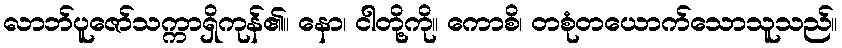
လာဘ်ပူဇော်သက္ကာရှိကုန်၏။ နော၊ ငါတို့ကို။ ကောစိ၊ တစုံတယောက်သောသူသည်။